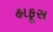
હાફૂસ